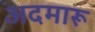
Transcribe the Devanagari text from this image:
अदमारू